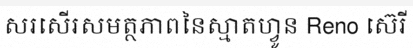
សរសើរសមត្ថភាពនៃស្មាតហ្វូន Reno ស៊េរី